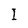
Character: I